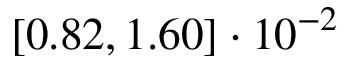
\left[ 0 . 8 2 , 1 . 6 0 \right] \cdot 1 0 ^ { - 2 }